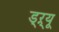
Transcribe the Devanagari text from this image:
ड्‌ऱ्यू